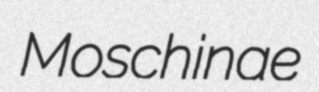
Moschinae